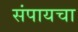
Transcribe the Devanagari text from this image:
संपायचा